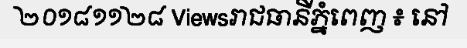
២០១៨១១២៨ Viewsរាជធានីភ្នំពេញ ៖ នៅ